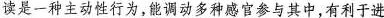
读是一种主动性行为，能调动多种感官参与其中，有利于进